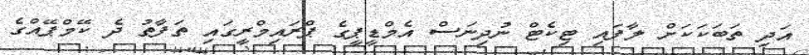
އަދި ތަބަކަކަށް ލާފައި ޓިކެޓް ނުދިނަސް އެމްޑީޕީގެ ޕްރައިމްރީގައި ތަފާތު ދެ ކޭމްޕޭއްގެ